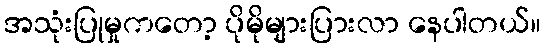
အသုံးပြုမှုကတော့ ပိုမိုများပြားလာ နေပါတယ်။